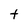
Character: t